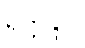
ရတ္တိန္ဒိဝါ